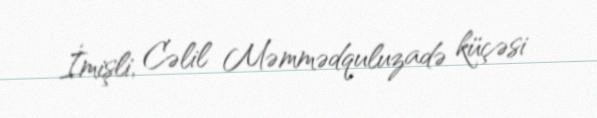
İmişli, Cəlil Məmmədquluzadə küçəsi